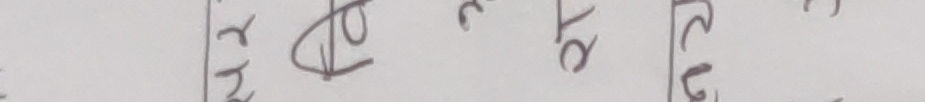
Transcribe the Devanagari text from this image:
खर्च